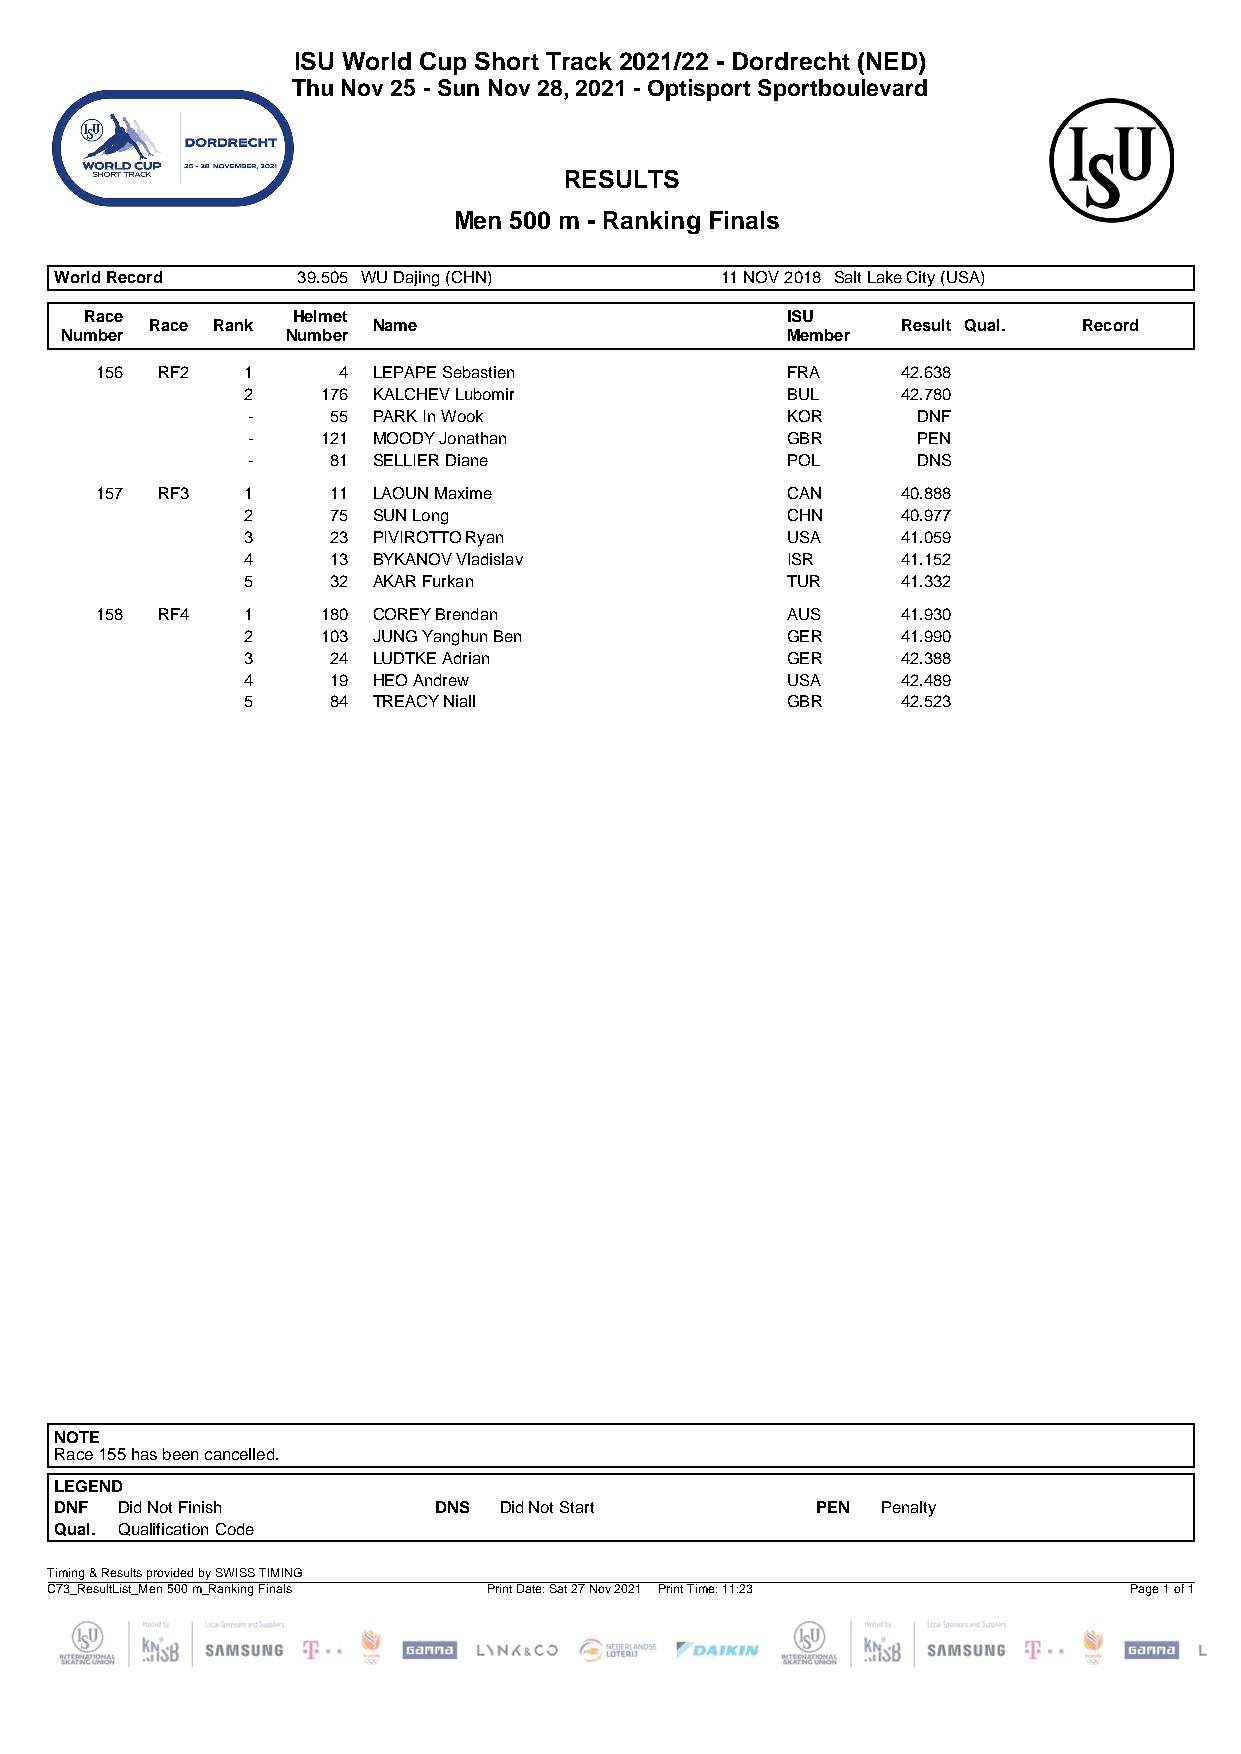
ISU World Cup Short Track 2021/22 - Dordrecht (NED)
 Thu Nov 25 - Sun Nov 28, 2021 - Optisport Sportboulevard
 RESULTS
 Men 500 m - Ranking Finals
 World Record    39.505 WU Dajing (CHN)      11 NOV 2018 Salt Lake City (USA)
 Race         Helmet                           ISU
 Race Rank      Name                               Result Qual. Record
 Number         Number                           Member
 156 RF2   1     4  LEPAPE Sebastien           FRA     42.638
 2    176 KALCHEV Lubomir            BUL     42.780
 -     55 PARK In Wook               KOR      DNF
 -    121 MOODY Jonathan             GBR      PEN
 -     81 SELLIER Diane              POL      DNS
 157 RF3   1     11 LAOUN Maxime               CAN     40.888
 2     75 SUN Long                   CHN     40.977
 3     23 PIVIROTTO Ryan             USA     41.059
 4     13 BYKANOV Vladislav          ISR     41.152
 5     32 AKAR Furkan                TUR     41.332
 158 RF4   1    180 COREY Brendan              AUS     41.930
 2    103 JUNG Yanghun Ben           GER     41.990
 3     24 LUDTKE Adrian              GER     42.388
 4     19 HEO Andrew                 USA     42.489
 5     84 TREACY Niall               GBR     42.523
 NOTE
 Race 155 has been cancelled.
 LEGEND
 DNF Did Not Finish       DNS Did Not Start        PEN Penalty
 Qual. Qualification Code
 Timing & Results provided by SWISS TIMING
 C73_ResultList_Men 500 m_Ranking Finals Print Date: Sat 27 Nov 2021 Print Time: 11:23 Page 1 of 1